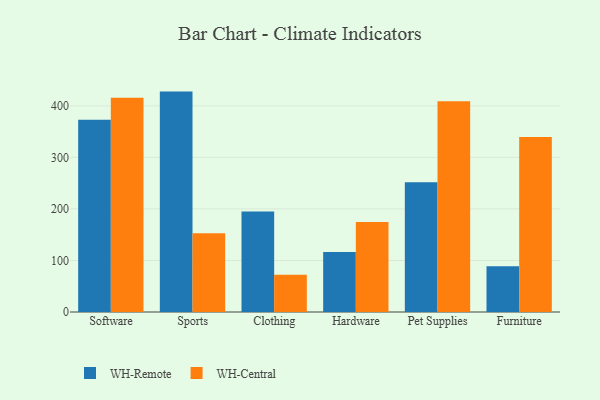
{"axis": {"x": "Category", "y": "LTV (USD)"}, "legend": ["WH-Central", "WH-Remote"], "data": [{"x": "Software", "y": 372.8, "type": "WH-Remote"}, {"x": "Software", "y": 415.8, "type": "WH-Central"}, {"x": "Sports", "y": 427.6, "type": "WH-Remote"}, {"x": "Sports", "y": 152.9, "type": "WH-Central"}, {"x": "Clothing", "y": 195.0, "type": "WH-Remote"}, {"x": "Clothing", "y": 72.2, "type": "WH-Central"}, {"x": "Hardware", "y": 116.2, "type": "WH-Remote"}, {"x": "Hardware", "y": 174.8, "type": "WH-Central"}, {"x": "Pet Supplies", "y": 251.8, "type": "WH-Remote"}, {"x": "Pet Supplies", "y": 408.8, "type": "WH-Central"}, {"x": "Furniture", "y": 88.8, "type": "WH-Remote"}, {"x": "Furniture", "y": 339.4, "type": "WH-Central"}]}